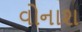
વોનાશ